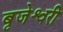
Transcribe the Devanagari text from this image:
बृजेश्वरी